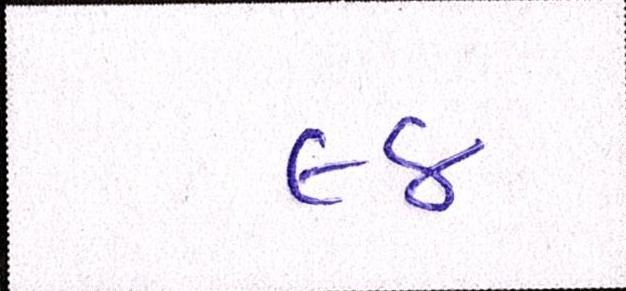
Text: ૯૪